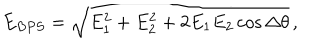
E _ { B P S } = \sqrt { E _ { 1 } ^ { 2 } + E _ { 2 } ^ { 2 } + 2 E _ { 1 } E _ { 2 } \cos \Delta \theta } \, ,